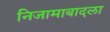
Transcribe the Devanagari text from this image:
निजामाबादला